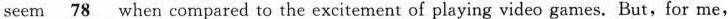
seem \underline{78} when compared to the excitement of playing video games. But,for me,